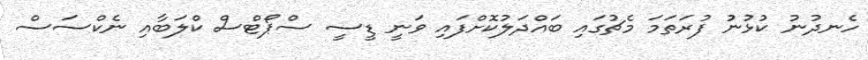
ހެނދުނު ކުޅުނުު ފުރަތަމަ މެޗުގައި ބައްދަލުކޮށްފައި ވަނީ ޑީސީ ސްޕޯޓްސް ކްލަބާއި ނެކްސަސް